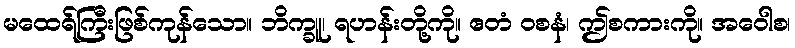
မထေရ်ကြီးဖြစ်ကုန်သော။ ဘိက္ခူ၊ ရဟန်းတို့ကို။ ဧတံ ဝစနံ၊ ဤစကားကို။ အဝေါစ၊